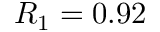
R _ { 1 } = 0 . 9 2